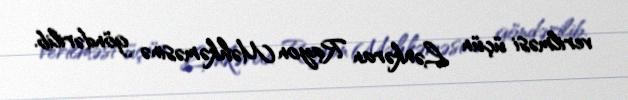
verilməsi üçün Lənkəran Rayon Məhkəməsinə göndərilib.